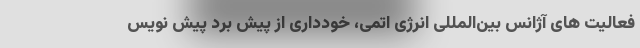
فعالیت های آژانس بین‌المللی انرژی اتمی، خودداری از پیش برد پیش نویس